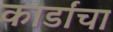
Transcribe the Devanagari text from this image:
कार्डांचा